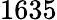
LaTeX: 1635